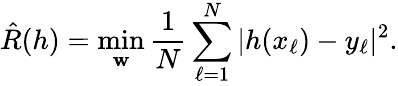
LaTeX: \hat{R}(h)=\operatorname*{min}_{\mathbf{w}}\frac{1}{N}\sum_{\ell=1}^{N}|h(x_{\ell})-y_{\ell}|^{2}.